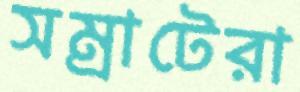
সম্রাটেরা